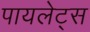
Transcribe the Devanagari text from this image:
पायलेट्स